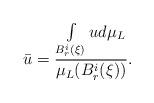
LaTeX: \begin{align*} \bar{u}=\frac{\int\limits_{B_r^i(\xi)}ud\mu_L}{\mu_L(B_r^i(\xi))}.\end{align*}